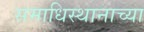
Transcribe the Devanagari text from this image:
समाधिस्थानाच्या